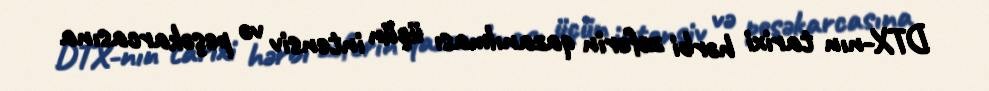
DTX-nın tarixi hərbi zəfərin qazanılması üçün intensiv və peşəkarcasına